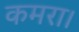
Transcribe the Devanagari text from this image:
कमरा।